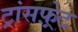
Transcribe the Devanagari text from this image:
ट्रांसफ़्रेट